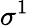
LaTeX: \sigma^{1}